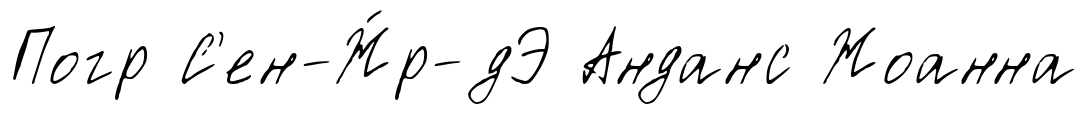
Погр С'ен-Ж́р-дЭ Анданс Жоанна